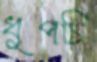
ধুপচি